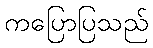
ကပြောပြသည်